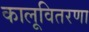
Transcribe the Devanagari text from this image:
कालूवितरणा